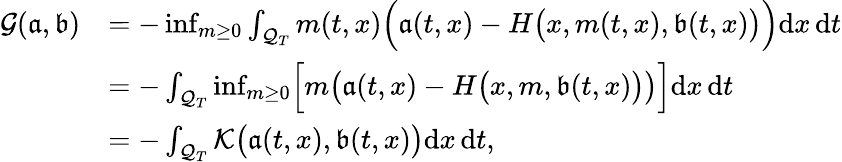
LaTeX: \begin{array}{rl}{{\mathcal G}(\mathfrak{a},\mathfrak{b})}&{=-\operatorname*{inf}_{m\geq 0}\int_{\mathcal{Q}_{T}}m(t,x)\Bigl(\mathfrak{a}(t,x)-H\bigl(x,m(t,x),\mathfrak{b}(t,x)\bigr)\Bigr)\mathrm{d}x\, \mathrm{d}t}\\ &{=-\int_{\mathcal{Q}_{T}}\operatorname*{inf}_{m\geq 0}\Bigl[m\bigl(\mathfrak{a}(t,x)-H\bigl(x,m,\mathfrak{b}(t,x)\bigr)\bigr)\Bigr]\mathrm{d}x\, \mathrm{d}t}\\ &{=-\int_{\mathcal{Q}_{T}}{\mathcal K}\bigl(\mathfrak{a}(t,x),\mathfrak{b}(t,x)\bigr)\mathrm{d}x\, \mathrm{d}t,}\end{array}